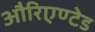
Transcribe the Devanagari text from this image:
औरिएण्टेड